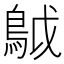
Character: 𩿠